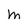
Character: m